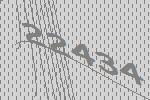
22434